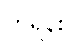
ကရိန်း